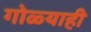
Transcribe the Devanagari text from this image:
गोळ्याही